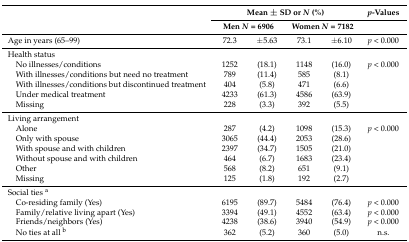
| <ROWSPAN=2>  | <COLSPAN=4> Mean ± SD or N (%) | p-Values |
 | <COLSPAN=2> Men N = 6906 | <COLSPAN=2> Women N = 7182 |  |
 | --- | --- | --- | --- | --- | --- |
 | Age in years (65–99) | 72.3 | ±5.63 | 73.1 | ±6.10 | p < 0.000 |
 | Health status |  |  |  |  |  |
 | No illnesses/conditions | 1252 | (18.1) | 1148 | (16.0) | p < 0.000 |
 | With illnesses/conditions but need no treatment | 789 | (11.4) | 585 | (8.1) |  |
 | With illnesses/conditions but discontinued treatment | 404 | (5.8) | 471 | (6.6) |  |
 | Under medical treatment | 4233 | (61.3) | 4586 | (63.9) |  |
 | Missing | 228 | (3.3) | 392 | (5.5) |  |
 | Living arrangement |  |  |  |  |  |
 | Alone | 287 | (4.2) | 1098 | (15.3) | p < 0.000 |
 | Only with spouse | 3065 | (44.4) | 2053 | (28.6) |  |
 | With spouse and with children | 2397 | (34.7) | 1505 | (21.0) |  |
 | Without spouse and with children | 464 | (6.7) | 1683 | (23.4) |  |
 | Other | 568 | (8.2) | 651 | (9.1) |  |
 | Missing | 125 | (1.8) | 192 | (2.7) |  |
 | Social ties a |  |  |  |  |  |
 | Co-residing family (Yes) | 6195 | (89.7) | 5484 | (76.4) | p < 0.000 |
 | Family/relative living apart (Yes) | 3394 | (49.1) | 4552 | (63.4) | p < 0.000 |
 | Friends/neighbors (Yes) | 4238 | (38.6) | 3940 | (54.9) | p < 0.000 |
 | No ties at all b | 362 | (5.2) | 360 | (5.0) | n.s. |